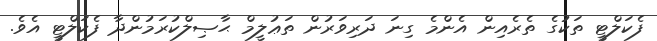
ފެކަލްޓީ ތަކުގެ ތެރެއިން އެންމެ ގިނަ ދަރިވަރުން ތަޢުލީމް ޙާޞިލްކުރަމުންދާ ފެކަލްޓީ އެވެ.